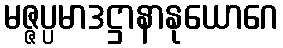
မဇ္ဇပ္ပမာဒဋ္ဌာနာနုယောဂေ